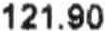
121.90